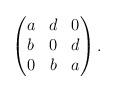
LaTeX: \begin{align*}\begin{pmatrix}a&d&0\\b&0&d\\0&b&a\\\end{pmatrix}.\end{align*}